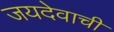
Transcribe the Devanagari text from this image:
जयदेवाची